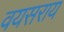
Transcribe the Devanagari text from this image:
वयसराय